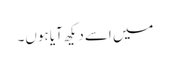
میں اسے دیکھ آیا ہوں۔